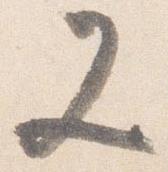
又